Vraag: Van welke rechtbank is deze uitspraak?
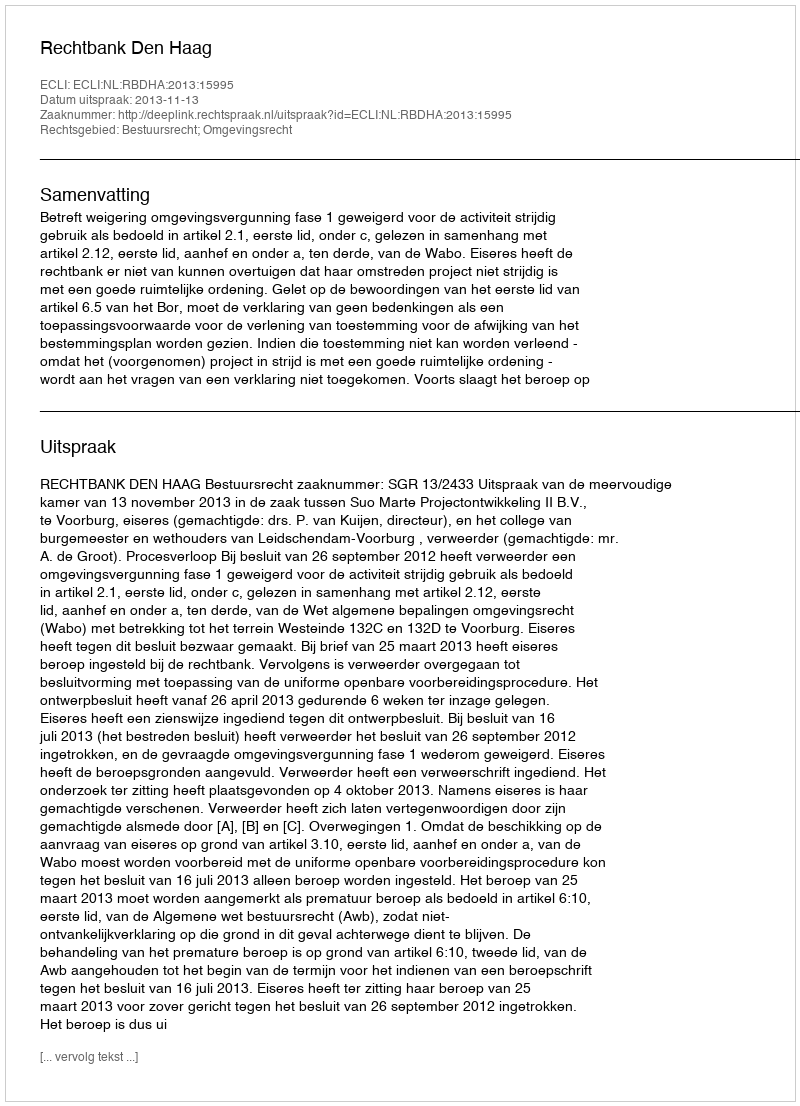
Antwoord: Rechtbank Den Haag